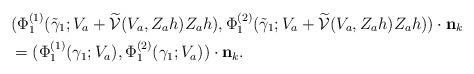
LaTeX: \begin{align*}&(\Phi_1^{(1)}(\tilde{\gamma}_1;V_a+\widetilde{\mathcal{V}}(V_a,Z_{a}h)Z_{a}h),\Phi_1^{(2)}(\tilde{\gamma}_1;V_a+\widetilde{\mathcal{V}}(V_a,Z_{a}h)Z_{a}h)) \cdot \textbf{n}_{k}\\&=(\Phi_1^{(1)}(\gamma_1;V_a),\Phi_1^{(2)}(\gamma_1;V_a)) \cdot \textbf{n}_{k}.\end{align*}